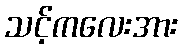
သင့်ကလေးအား